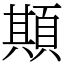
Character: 䫏